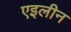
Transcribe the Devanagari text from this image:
एइलीन